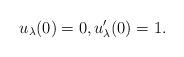
LaTeX: \begin{align*}u_{\lambda}(0)=0,u_{\lambda}'(0)=1.\end{align*}